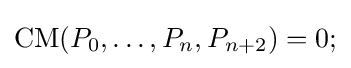
\operatorname {CM} (P_{0},\ldots ,P_{n},P_{n+2})=0;